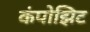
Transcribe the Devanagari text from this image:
कंपोझिट